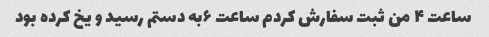
ساعت ۴ من ثبت سفارش کردم ساعت ۶به دستم رسید و یخ کرده بود